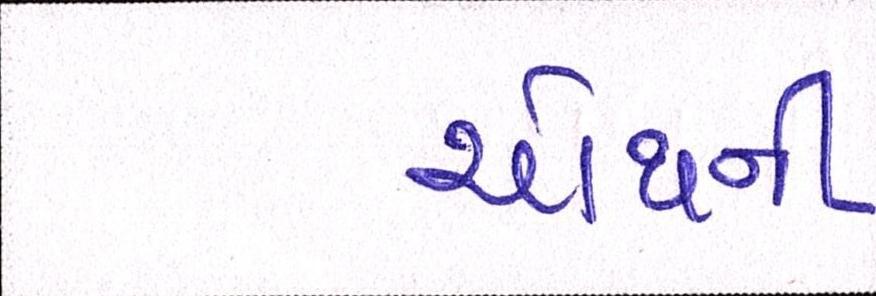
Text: ચોથની